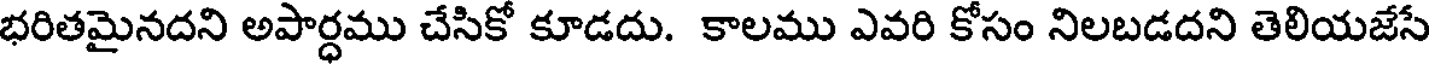
భరితమైనదని అపార్ధము చేసికో కూడదు. కాలము ఎవరి కోసం నిలబడదని తెలియజేసే